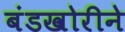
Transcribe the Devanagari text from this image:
बंडखोरीने